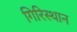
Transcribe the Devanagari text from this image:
गिरिस्थान